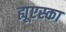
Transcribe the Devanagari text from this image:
ह्यूएस्का